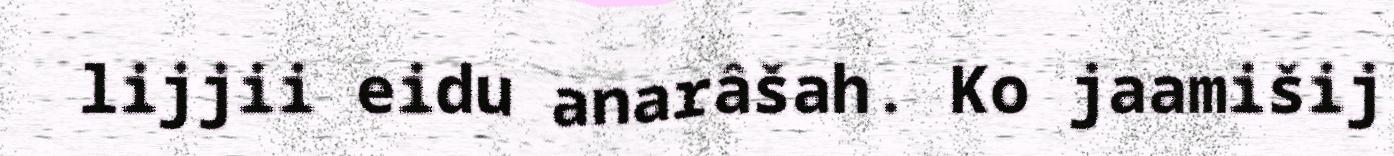
lijjii eidu anarâšah. Ko jaamišij